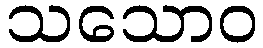
သသောဝ